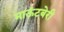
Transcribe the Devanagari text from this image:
माऊंटबेरी